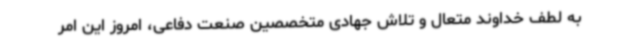
به لطف خداوند متعال و تلاش جهادی متخصصین صنعت دفاعی،‌ امروز این امر